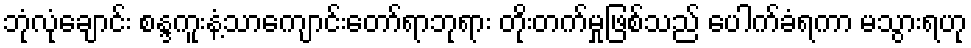
ဘုံလုံချောင်း စန္ဒကူးနံ့သာကျောင်းတော်ရာဘုရား တိုးတက်မှုဖြစ်သည် ပေါက်ခံရကာ မသွားရဟု